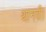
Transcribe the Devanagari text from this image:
थानवी।